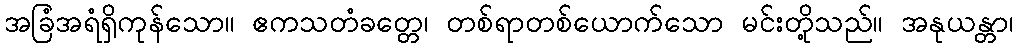
အခြံအရံရှိကုန်သော။ ဧကသတံခတ္တေ၊ တစ်ရာတစ်ယောက်သော မင်းတို့သည်။ အနုယန္တာ၊